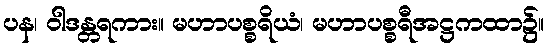
ပန၊ ဝါဒန္တရကား။ မဟာပစ္စရိယံ၊ မဟာပစ္စရီအဋ္ဌကထာ၌။